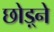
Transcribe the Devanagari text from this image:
छोड़्ने